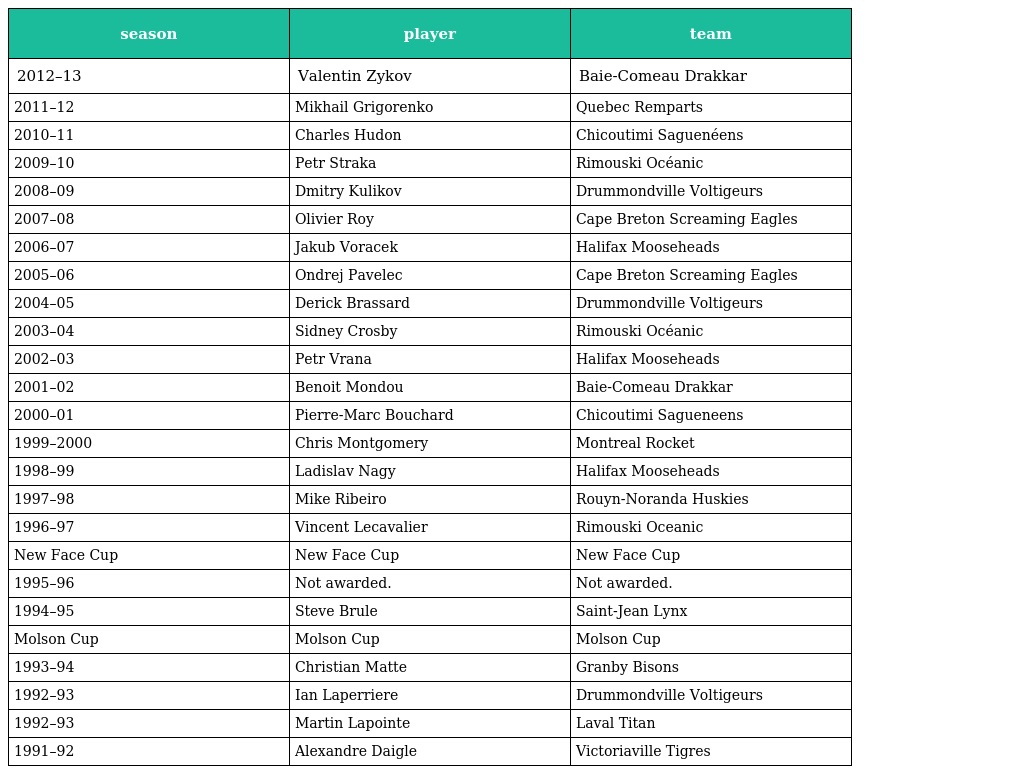
| season | player | team |
 | --- | --- | --- |
 | 2012–13 | Valentin Zykov | Baie-Comeau Drakkar |
 | 2011–12 | Mikhail Grigorenko | Quebec Remparts |
 | 2010–11 | Charles Hudon | Chicoutimi Saguenéens |
 | 2009–10 | Petr Straka | Rimouski Océanic |
 | 2008–09 | Dmitry Kulikov | Drummondville Voltigeurs |
 | 2007–08 | Olivier Roy | Cape Breton Screaming Eagles |
 | 2006–07 | Jakub Voracek | Halifax Mooseheads |
 | 2005–06 | Ondrej Pavelec | Cape Breton Screaming Eagles |
 | 2004–05 | Derick Brassard | Drummondville Voltigeurs |
 | 2003–04 | Sidney Crosby | Rimouski Océanic |
 | 2002–03 | Petr Vrana | Halifax Mooseheads |
 | 2001–02 | Benoit Mondou | Baie-Comeau Drakkar |
 | 2000–01 | Pierre-Marc Bouchard | Chicoutimi Sagueneens |
 | 1999–2000 | Chris Montgomery | Montreal Rocket |
 | 1998–99 | Ladislav Nagy | Halifax Mooseheads |
 | 1997–98 | Mike Ribeiro | Rouyn-Noranda Huskies |
 | 1996–97 | Vincent Lecavalier | Rimouski Oceanic |
 | New Face Cup | New Face Cup | New Face Cup |
 | 1995–96 | Not awarded. | Not awarded. |
 | 1994–95 | Steve Brule | Saint-Jean Lynx |
 | Molson Cup | Molson Cup | Molson Cup |
 | 1993–94 | Christian Matte | Granby Bisons |
 | 1992–93 | Ian Laperriere | Drummondville Voltigeurs |
 | 1992–93 | Martin Lapointe | Laval Titan |
 | 1991–92 | Alexandre Daigle | Victoriaville Tigres |